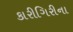
કારીગિરીના